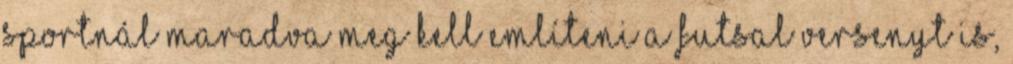
sportnál maradva meg kell említeni a futsal versenyt is,